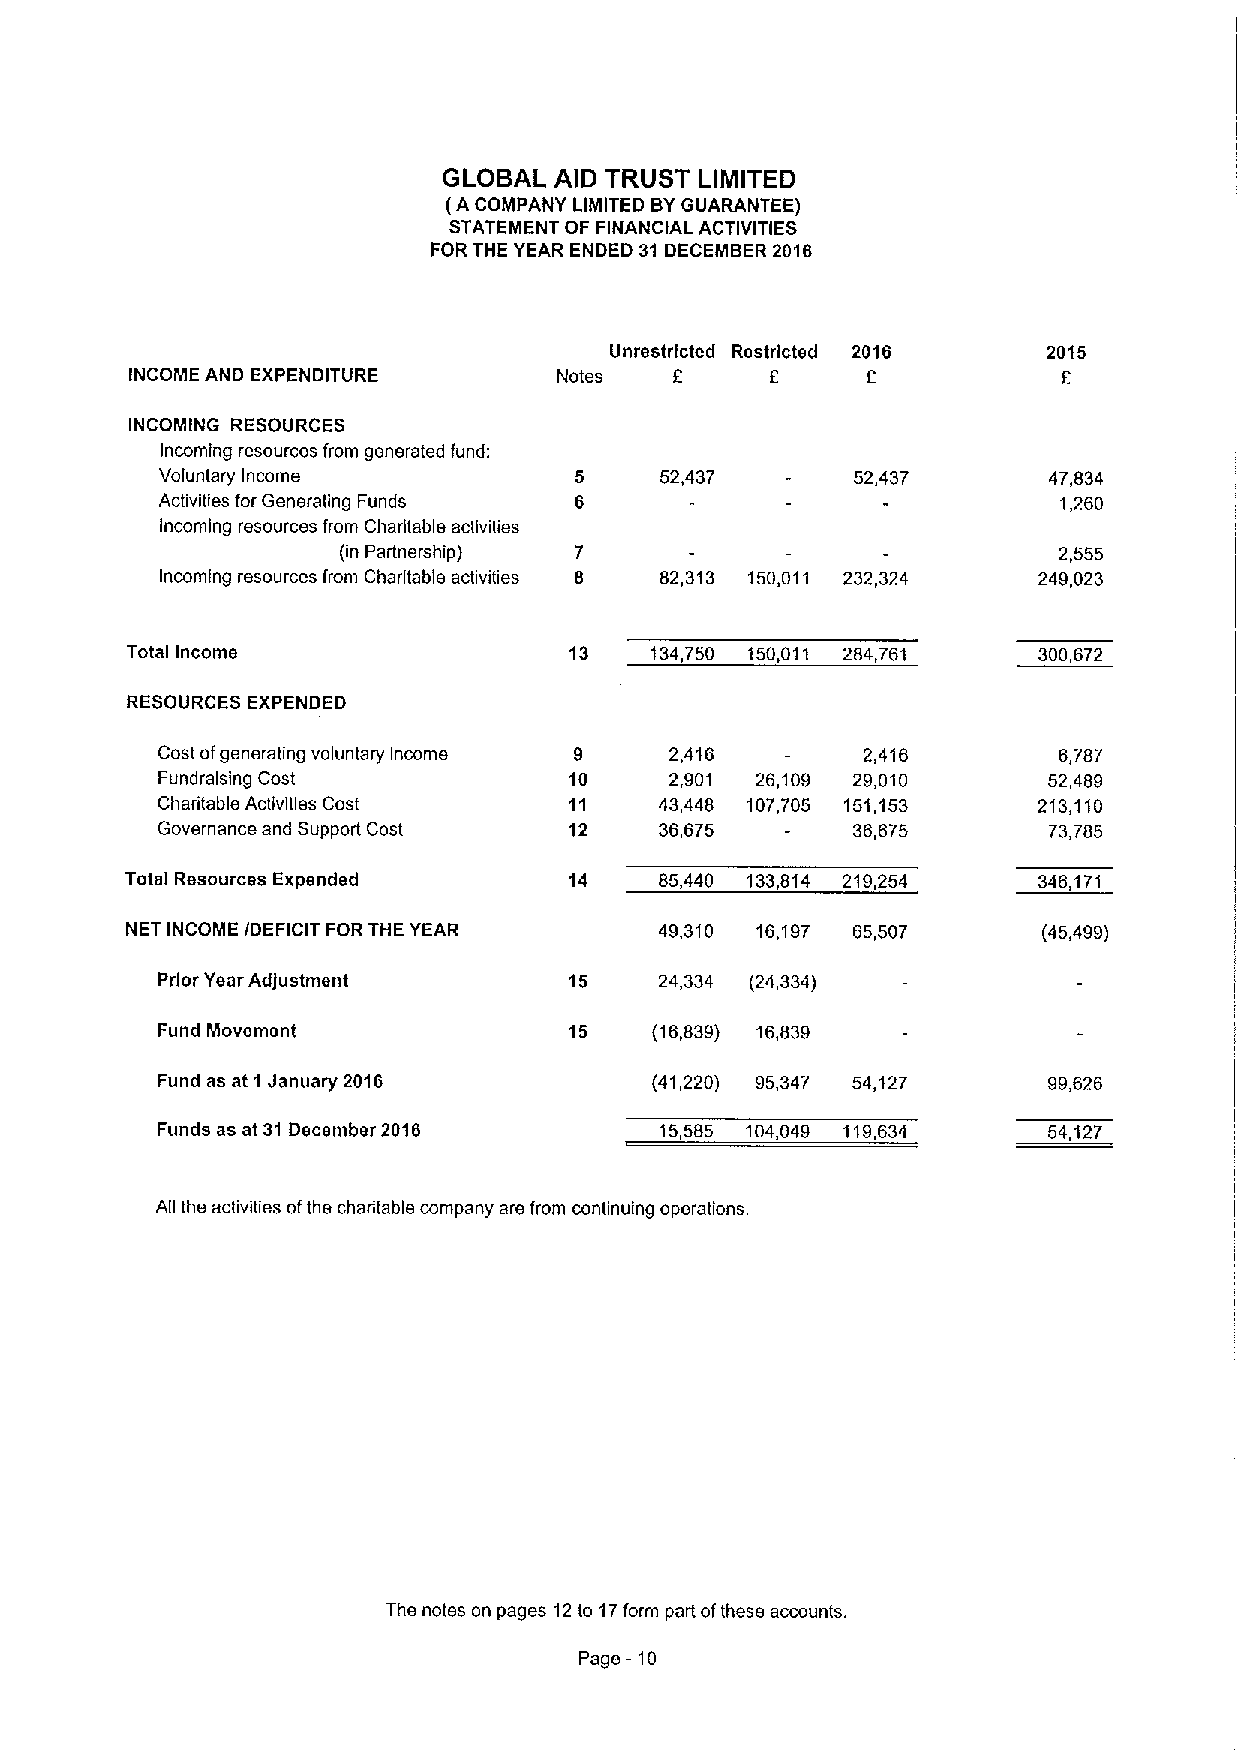
GLOBAL  AID TRUST LIMITED
 (A COMPANY LIMITED BYGUARANTEE)
 STATEMENT OF FINANCIAL ACTIVITIES
 FOR THE YEAR ENDED 31 DECEMBER2016
 Unrestricted Restricted 2016 2015
 INCOME AND EXPENDITURE      Notes   8     f     f            6
 INCOMING RESOURCES
 Incoming resources from generated fund:
 Voluntary Income                 52,437       52,437      47,834
 Activities for Generating Funds                            1,260
 Incoming resources from Charitable activities
 (in Partnership)                                2,555
 Incoming resources from Charitable activities 82,313 150,011 232,324 249,023
 Total Income                  13   134,750 150,011 284,761   300,672
 RESOURCES EXPENDED
 Cost ofgenerating voluntary Income 9 2,416 -   2,416        6,787
 Fundralsing Cost            10    2,901 26,109 29,010      52,489
 Charitable Activities Cost  11    43,448 107,705 151,153   213,110
 Governance and Support Cost 12    36,675  -   36,675       73,785
 Total Resources Expended      14    85,440 133,814 219,254   346,171
 NET INCOME /DEFICIT FORTHE YEAR     49,310 16,197 65,507     (45,499)
 Prior Year Ad)ustment       15    24,334 (24,334)
 Fund Movement               15   (16,839) 16,839
 Fund as at 1 January 2016        (41,220) 95,347 54,127    99,626
 Funds as at 31 December 2016      15,585 104,049 119,634   54,127
 All the activities ofthe charitable company are from continuing operations.
 The notes on pages 12to 17form part ofthese accounts.
 Page - 10